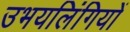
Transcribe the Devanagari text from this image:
उभयलिंगियों